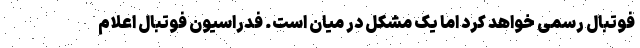
فوتبال رسمی خواهد کرد اما یک مشکل در میان است. فدراسیون فوتبال اعلام